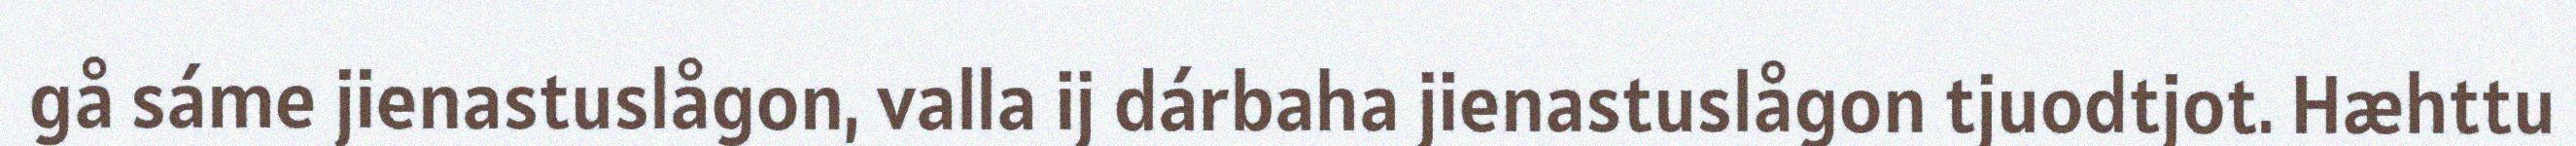
gå sáme jienastuslågon, valla ij dárbaha jienastuslågon tjuodtjot. Hæhttu